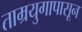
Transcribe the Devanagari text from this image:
ताम्रयुगापासून